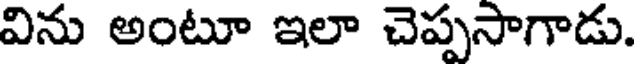
విను అంటూ ఇలా చెప్పసాగాడు.